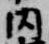
内